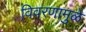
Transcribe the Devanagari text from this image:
विवरणामुळे